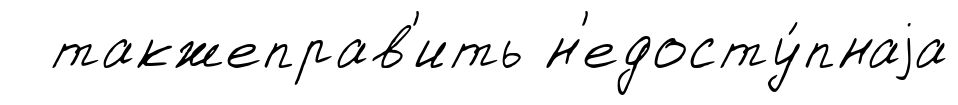
такжеправ'ить н'едосту́пнаjа